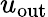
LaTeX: u_{\mathrm{{out}}}